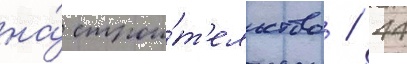
на́ строи́т'ельство / 44